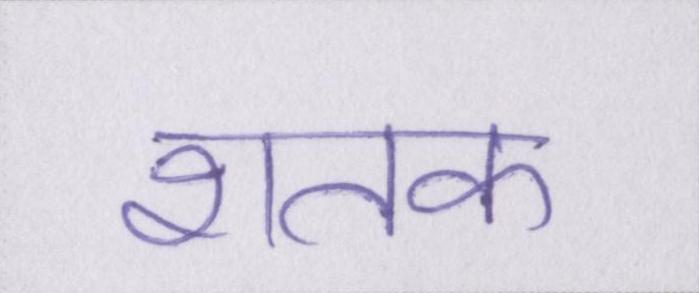
शतक